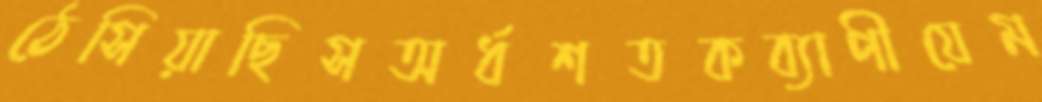
ঠেসিয়াছিসঅর্ধশতকব্যাপীযেম